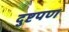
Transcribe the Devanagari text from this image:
दुष्टपण